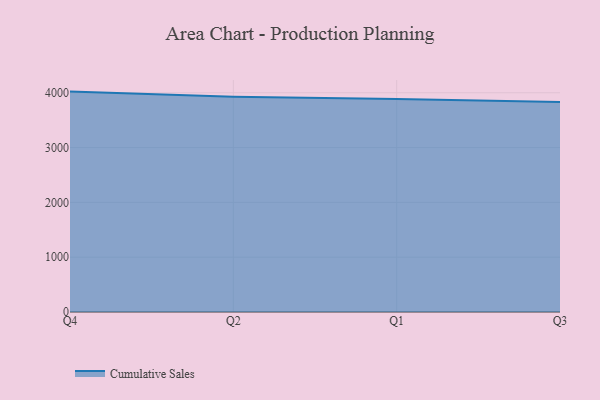
{"axis": {"x": "Quarter", "y": "Revenue (USD Million)"}, "legend": ["Cumulative Sales"], "data": [{"x": "Q4", "y": 4021.0, "type": "Cumulative Sales"}, {"x": "Q2", "y": 3925.2, "type": "Cumulative Sales"}, {"x": "Q1", "y": 3884.1, "type": "Cumulative Sales"}, {"x": "Q3", "y": 3833.1, "type": "Cumulative Sales"}]}